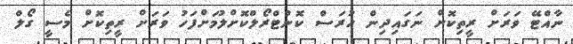
ނާއްޓޭ ވަރަށް ރީތިކޮށް ނަގައިދިން ހުރަސް ކޮންޓްރޯލްކޮށްލުމަށްފަހު ވަރަށް ރީތިކޮށް މެސީ ގޯލް